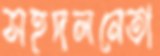
সহদলনেতা